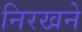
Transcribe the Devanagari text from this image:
निरखने